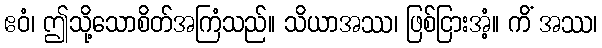
ဧဝံ၊ ဤသို့သောစိတ်အကြံသည်။ သိယာအဿ၊ ဖြစ်ငြားအံ့။ ကိံ အဿ၊